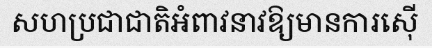
សហប្រជាជាតិអំពាវនាវឱ្យមានការស៊ើ